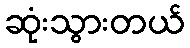
ဆုံးသွားတယ်